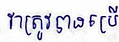
វាត្រូវបានប្រើ